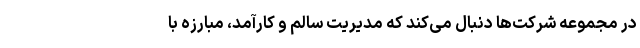
در مجموعه شرکت‌ها دنبال می‌کند که مدیریت سالم و کارآمد، مبارزه با